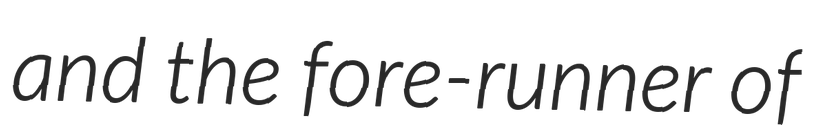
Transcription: and the fore-runner of